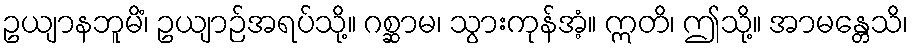
ဥယျာနဘူမိံ၊ ဥယျာဉ်အရပ်သို့။ ဂစ္ဆာမ၊ သွားကုန်အံ့။ ဣတိ၊ ဤသို့။ အာမန္တေသိ၊